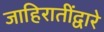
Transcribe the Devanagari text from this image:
जाहिरातींद्वारे